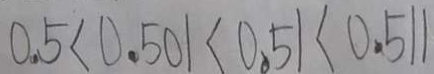
0 . 5 < 0 . 5 0 1 < 0 . 5 1 < 0 . 5 1 1